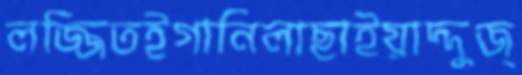
লজ্জিতইগানিলাছাইয়াদ্দুজ্